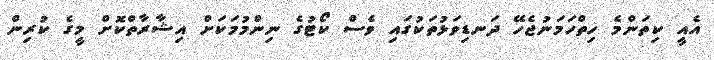
އެއީ ކިތަންމެ ހިތްހަމަނުޖެހޭ ދަނޑިވަޅުތަކުގައި ވެސް ކޯޓުގެ ނިންމުމަކަށް އިޝާރާތްކޮށް މީގެ ކުރިން